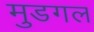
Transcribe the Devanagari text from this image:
मुडगल